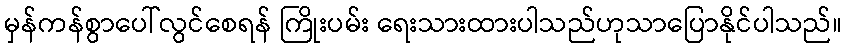
မှန်ကန်စွာပေါ်လွင်စေရန် ကြိုးပမ်း ရေးသားထားပါသည်ဟုသာပြောနိုင်ပါသည်။